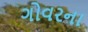
ગોવરના